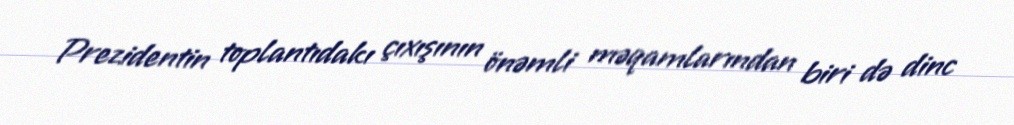
Prezidentin toplantıdakı çıxışının önəmli məqamlarından biri də dinc